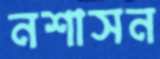
নশাসন